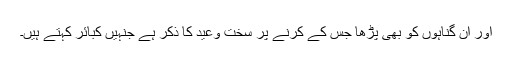
اور ان گناہوں کو بھی پڑھا جس کے کرنے پر سخت وعید کا ذکر ہے جنہیں کبائر کہتے ہیں۔